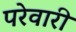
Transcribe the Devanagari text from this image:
परेवारी